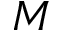
M